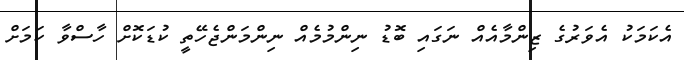
އެކަމަކު އެވަރުގެ ޒިންމާއެއް ނަގައި ބޮޑު ނިންމުމެއް ނިންމަންޖެހޭތީ ކުޑަކޮށް ހާސްވާ ކަމަށް